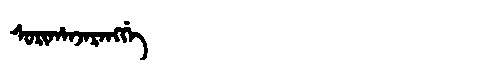
Manchu: ᠰᠣᡵᡳᡥᠠᠨᠵᠠᡵᠠᠩᡤᡝ
Romanization: SORIHANJARANGGE